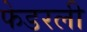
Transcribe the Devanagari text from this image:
फेडरली